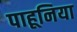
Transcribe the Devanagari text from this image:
पाहूनिया